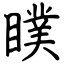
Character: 瞨